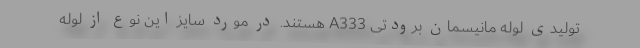
تولیدی لوله مانیسمان برودتی A333 هستند. در مورد سایز این نوع از لوله